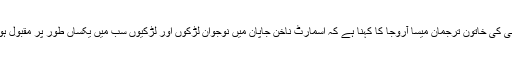
تاکارا کمپنی کی خاتون ترجمان میسا آروجا کا کہنا ہے کہ اسمارٹ ناخن جاپان میں نوجوان لڑکوں اور لڑکیوں سب میں یکساں طور پر مقبول ہو رہے ہیں۔